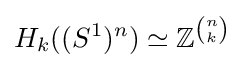
H_{k}((S^{1})^{n})\simeq \mathbb {Z} ^{\binom {n}{k}}